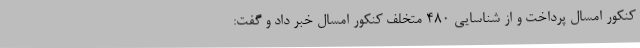
کنکور امسال پرداخت و از شناسایی ۴۸۰ متخلف کنکور امسال خبر داد و گفت: